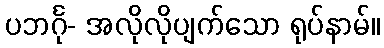
ပဘင်္ဂု- အလိုလိုပျက်သော ရုပ်နာမ်။